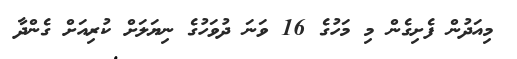
މިއަދުން ފެށިގެން މި މަހުގެ 16 ވަނަ ދުވަހުގެ ނިޔަލަށް ކުރިއަށް ގެންދާ